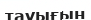
тауығын